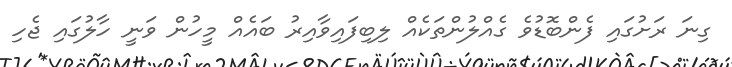
ގިނަ ރަށުގައި ފެންބޮޑުވެ ގެއްލުންތަކެއް ލިބިފައިވާއިރު ބައެއް މީހުން ވަނީ ހާލުގައި ޖެހި